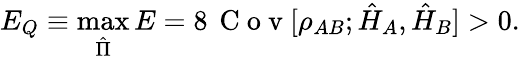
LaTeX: E_{Q}\equiv\operatorname*{max}_{\hat{\Pi}}{E}=8\, \mathrm{~C~o~v~}[\rho_{AB};\hat{H}_{A},\hat{H}_{B}]>0.